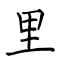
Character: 里